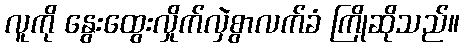
လူကို နွေးထွေးလှိုက်လှဲစွာလက်ခံ ကြိုဆိုသည်။